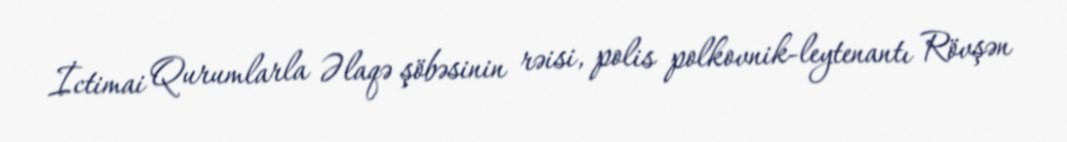
İctimai Qurumlarla Əlaqə şöbəsinin rəisi, polis polkovnik-leytenantı Rövşən